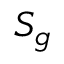
S _ { g }